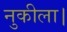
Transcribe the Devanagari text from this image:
नुकीला।